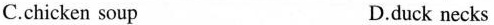
C.chicken soup D.duck necks